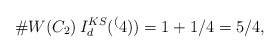
\begin{align*}\#W(C_2) \, I_d^{KS}(\sp(4)) = 1+1/4=5/4,\end{align*}